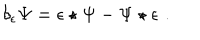
LaTeX: \delta _ { \epsilon } \Psi = \epsilon \star \Psi - \Psi \star \epsilon \, \, .